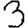
Digit: 3